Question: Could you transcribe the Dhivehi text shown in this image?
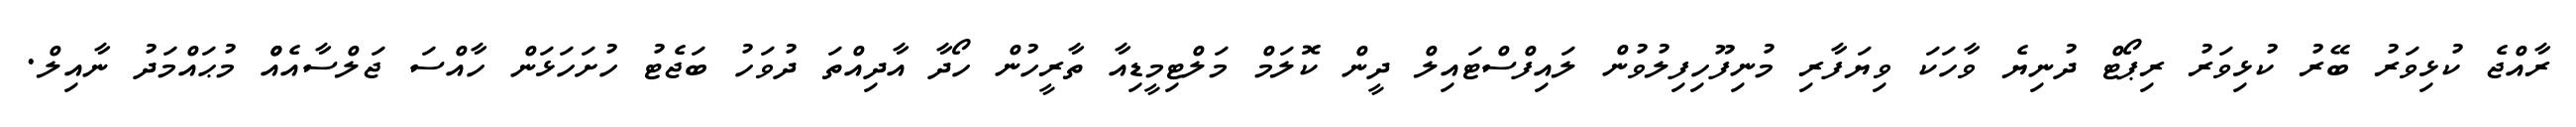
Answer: ރާއްޖެ ކުޅިވަރު ބޭރު ކުޅިވަރު ރިޕޯޓް ދުނިޔެ ވާހަކަ ވިޔަފާރި މުނިފޫހިފިލުވުން ލައިފްސްޓައިލް ދީން ކޮލަމް މަލްޓިމީޑިއާ ތާރީހުން ހޯދާ އާދިއްތަ ދުވަހު ބަޖެޓު ހުށަހަޅަން ހާއްސަ ޖަލްސާއެއްް މުޙައްމަދު ނާއިލް.